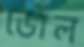
ডোল